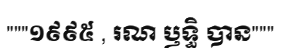
"""១៩៩៥ , រណ ឫទ្ធិ បាន"""